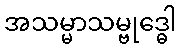
အသမ္မာသမ္ဗုဒ္ဓေါ